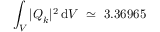
\int _ { V } | \boldsymbol { Q } _ { k } | ^ { 2 } \, \mathrm { d } V ~ \simeq ~ 3 . 3 6 9 6 5